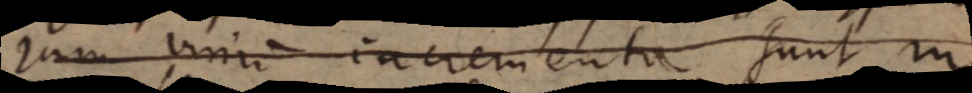
Jam virium incrementa sunt in